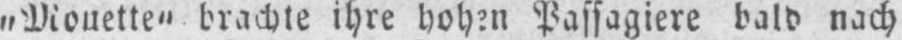
„Mouette“ brachte ihre hohen Passagiere bald nach